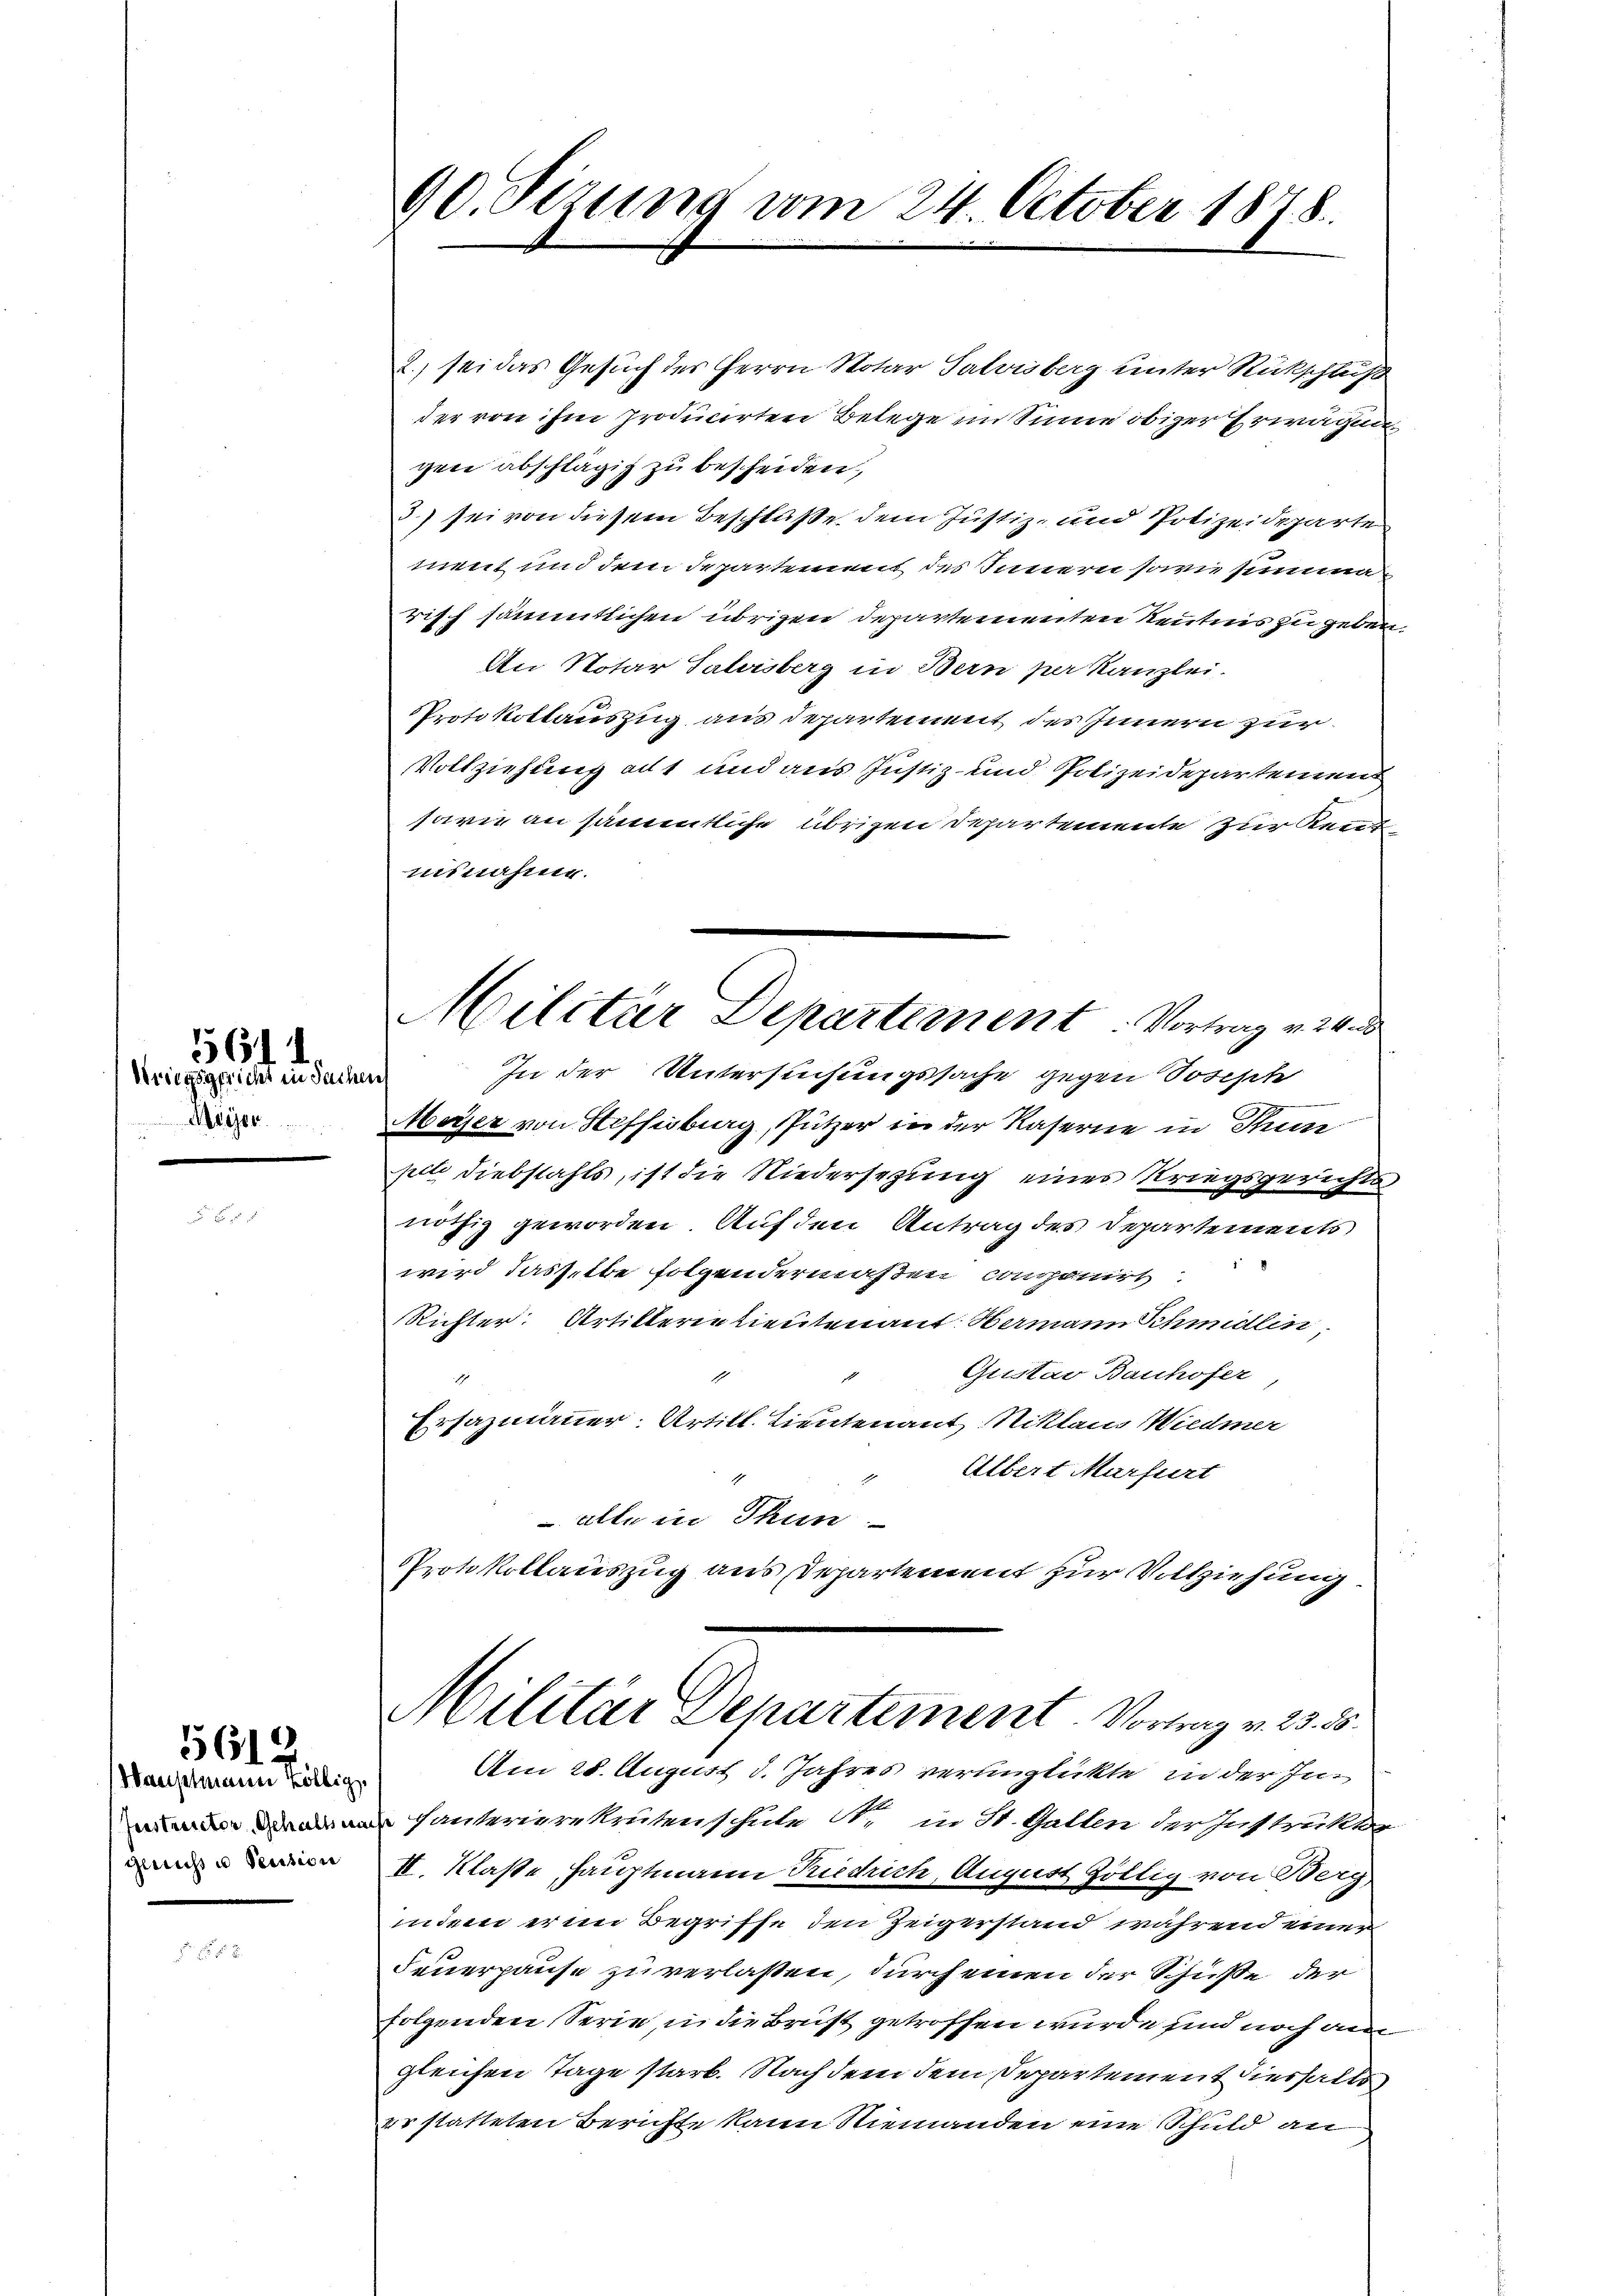
Kriegsgericht in Sachen
Meyer

5614.

5612

Wauptmann Köllig
gericht u Pension

90. Sizung vom 24. October 1878.

2., sei das Gesuch des Herrn Notar Talvisberg unter Rückschluß
der von ihm producirten Belege im Sinne obiger Erwägung
geie abschlägig zu bescheiden,
3) sei von diesem Beschluße dem Justiz- und Polizeideparte
ment und dem Departement des Innern sowie seinna
risch sämmtlichen übrigen Departementen Kenntnis zu geben.
An Notar Taloisberg in Bern per Kanzlei.
Protokollauszug aus departement des Innern zur
Vollziehung als und aus Justiz- und Polizeidepartement
sare an sämmtliche übrigen Departemente zur Rent
unnahme.
In der Untersuchungssache gegen Soseste
ich
Meyer von Steffisburg, Pützer in der Kaserne in Thun
pit Diebstahls, ist die Niedersezung eines Kriegsgerichts
nöthig geworden. Auf den Antrag des Departements
18
wird dasselbe folgendermaßen componirt
Richter. Artillerintientenant: Hemann Schmidlin,
Gustav Bauhofer
17
Ersazmänner. Artill. Lieutenant Niklaus Wiedmer
" Albert Marfurt
 alle in Thun
Protokollauszug aus Departement zur Vollziehung
Militär Departement. Vorlag v. 23. 5.
Am 28. August d. Jahres verunglickte in der In¬
 hanterierekrutenschule N. in St. Gallen der Instruktor
II. Klaße Hauptmann Riedrich, August Zöllig von Berg
indem er im Begriffe den Zeigerstand während einer
Feuerpause zu verlaßen, durch einen der Schüße der
folgenden Serie, u. die Brust getroffen wurde und noch am
gleichen Tage starb. Nach dem dem Departement diesfalls
er statteten Berichte kann Niemanden eine Schuld an

Militär Departement Vortrag v. 24. d